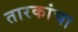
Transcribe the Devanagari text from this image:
तारकांचा